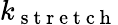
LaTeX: k_{\mathrm{~s~t~r~e~t~c~h~}}